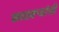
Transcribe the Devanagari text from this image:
कातक्र्‍यांची